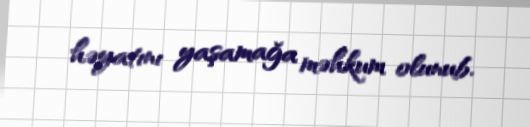
həyatını yaşamağa məhkum olunub.